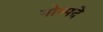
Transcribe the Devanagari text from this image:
गोष्पदे